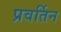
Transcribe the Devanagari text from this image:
प्रवर्तिन